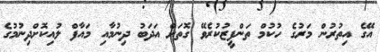
އޭގެ އިތުރުން މަރުގެ ހުކުމް ތަންފީޒުކުރެވޭ ގޮތަށް އަދަބު ދިނުމާއި މައާފް ލުއިކޮށްދިނުމުގެ